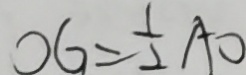
O G = \frac { 1 } { 2 } A O